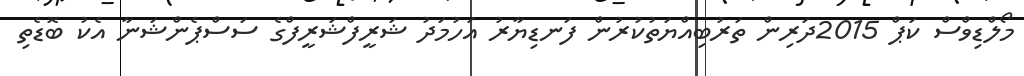
މޯލްޑިވްސް ކަޕް 2015ދަރިން ތަރުބިއްޔަތުކުރުން ފަނޑިޔާރު އަހުމަދު ޝަރީފްޝަރީފްގެ ސަސްޕެންޝަނާ އެކު ބޮޑެތި